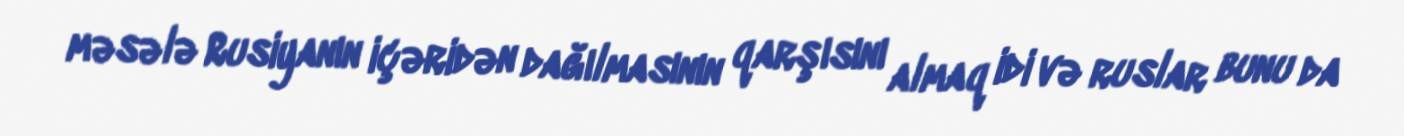
məsələ Rusiyanın içəridən dağılmasının qarşısını almaq idi və ruslar bunu da